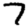
Digit: 7